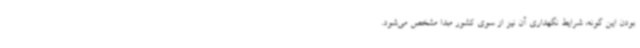
بودن این گونه، شرایط نگهداری آن نیز از سوی کشور مبدا مشخص می‌شود.